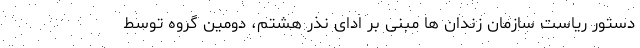
دستور ریاست سازمان زندان ها مبنی بر ادای نذر هشتم، دومین گروه توسط